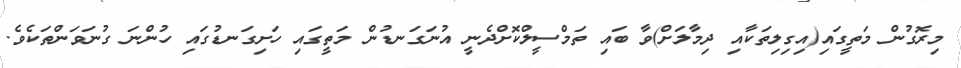
މިރޮގުން މަތީގައި(އިގިލިތަކާއި ދިމާލަށް)ވާ ބައި ތަމްސީލްކޮށްދެނީ އުނަގަނޑުން މަތީގައި ހަށިގަނޑުގައި ހުންނަ ގުނަވަންތަކެވެ.